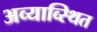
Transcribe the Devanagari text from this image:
अव्याव्स्थित